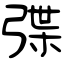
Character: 弽